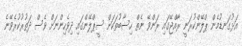
އަޅުގަނޑުމެން ޕްލޭންކުރަނީ ރާއްޖޭގައި ރަންވޭ ނެތް ހިސާބުތަކަށް ސީޕްލޭންގައި ދިވެހިންނަށް ވެސް ދަތުރުކުރެވޭނެ